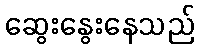
ဆွေးနွေးနေသည်